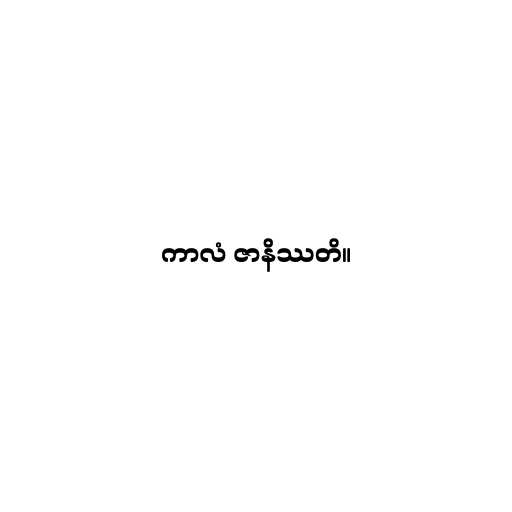
ကာလံ ဇာနိဿတိ။